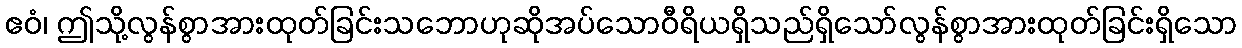
ဧဝံ၊ ဤသို့လွန်စွာအားထုတ်ခြင်းသဘောဟုဆိုအပ်သောဝီရိယရှိသည်ရှိသော်လွန်စွာအားထုတ်ခြင်းရှိသော